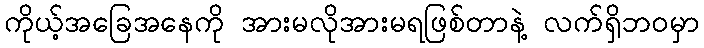
ကိုယ့်အခြေအနေကို အားမလိုအားမရဖြစ်တာနဲ့ လက်ရှိဘဝမှာ